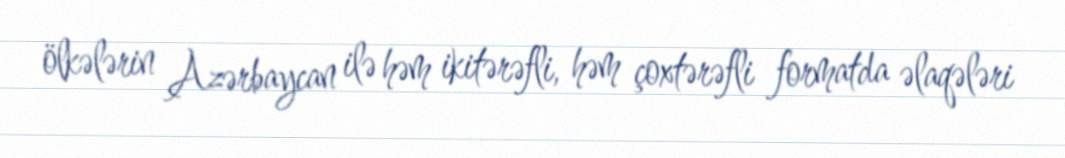
ölkələrin Azərbaycan ilə həm ikitərəfli, həm çoxtərəfli formatda əlaqələri